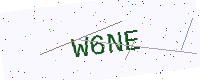
Text: W6NE